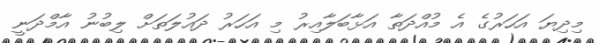
މިދިޔަ އަހަރުގެ އެ މުއްދަތާ އަޅާބަލާއިރު މި އަހަރު ދައުލަތަށް ލިބުނު އާމްދަނީ